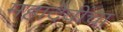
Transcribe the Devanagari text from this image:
महादेवींचा